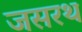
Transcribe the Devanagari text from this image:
जसरथ